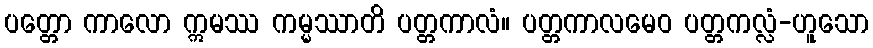
ပတ္တော ကာလော ဣမဿ ကမ္မဿာတိ ပတ္တကာလံ။ ပတ္တကာလမေဝ ပတ္တကလ္လံ-ဟူသော